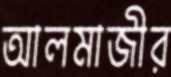
আলমাজীর